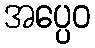
အပ္ပေဝ